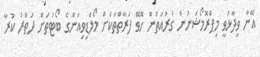
އޭނާ ވިދާޅުވީ މިޕްރޮމޯޝަނުން ގުރުއަތުން ހޮވޭ ފަރާތްތަކަށް މޯލްޑިވިއަންގެ ބޯޓުތަށް ދަަތުރު ކުރާ